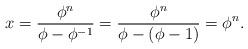
LaTeX: \begin{align*}x=\frac{\phi^n}{\phi-\phi^{-1}}=\frac{\phi^n}{\phi-(\phi-1)}=\phi^{n}\mbox{.} \\\end{align*}